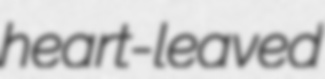
heart-leaved